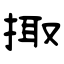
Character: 掫